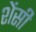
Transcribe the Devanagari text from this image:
शेंसी